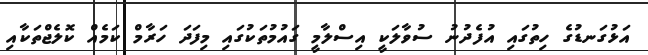
އަޅުގަނޑުގެ ހިތުގައި އުފެދުނު ސުވާލަކީ އިސްލާމީ ގައުމުތަކުގައި މިފަދަ ހަރާމް ކަމެއް ކޮލެޖްތަކާއި